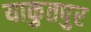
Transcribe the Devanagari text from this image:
याकुतपुर